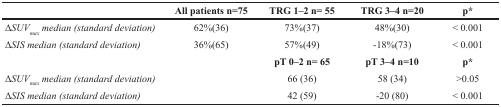
<table><thead><tr><td></td><td><b>All patients n=75</b></td><td><b>TRG 1–2 n= 55</b></td><td><b>TRG 3–4 n=20</b></td><td><b>p*</b></td></tr></thead><tbody><tr><td><i>ΔSUV<sub>max</sub> median (standard deviation)</i></td><td>62%(36)</td><td>73%(37)</td><td>48%(30)</td><td>&lt; 0.001</td></tr><tr><td><i>ΔSIS median (standard deviation)</i></td><td>36%(65)</td><td>57%(49)</td><td>−18%(73)</td><td>&lt; 0.001</td></tr><tr><td></td><td></td><td><b>pT 0–2 n= 65</b></td><td><b>pT 3–4 n=10</b></td><td><b>p</b>*</td></tr><tr><td><i>ΔSUV<sub>max</sub> median (standard deviation)</i></td><td></td><td>66 (36)</td><td>58 (34)</td><td>&gt;0.05</td></tr><tr><td><i>ΔSIS median (standard deviation)</i></td><td></td><td>42 (59)</td><td>−20 (80)</td><td>&lt; 0.001</td></tr></tbody></table>